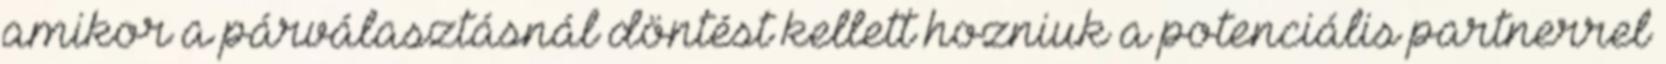
amikor a párválasztásnál döntést kellett hozniuk a potenciális partnerrel